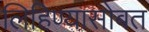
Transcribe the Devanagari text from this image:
लिहिण्यासोबत